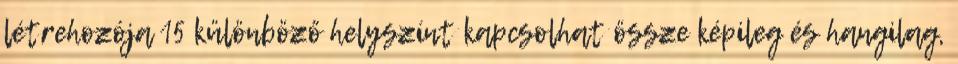
létrehozója 15 különböző helyszínt kapcsolhat össze képileg és hangilag,